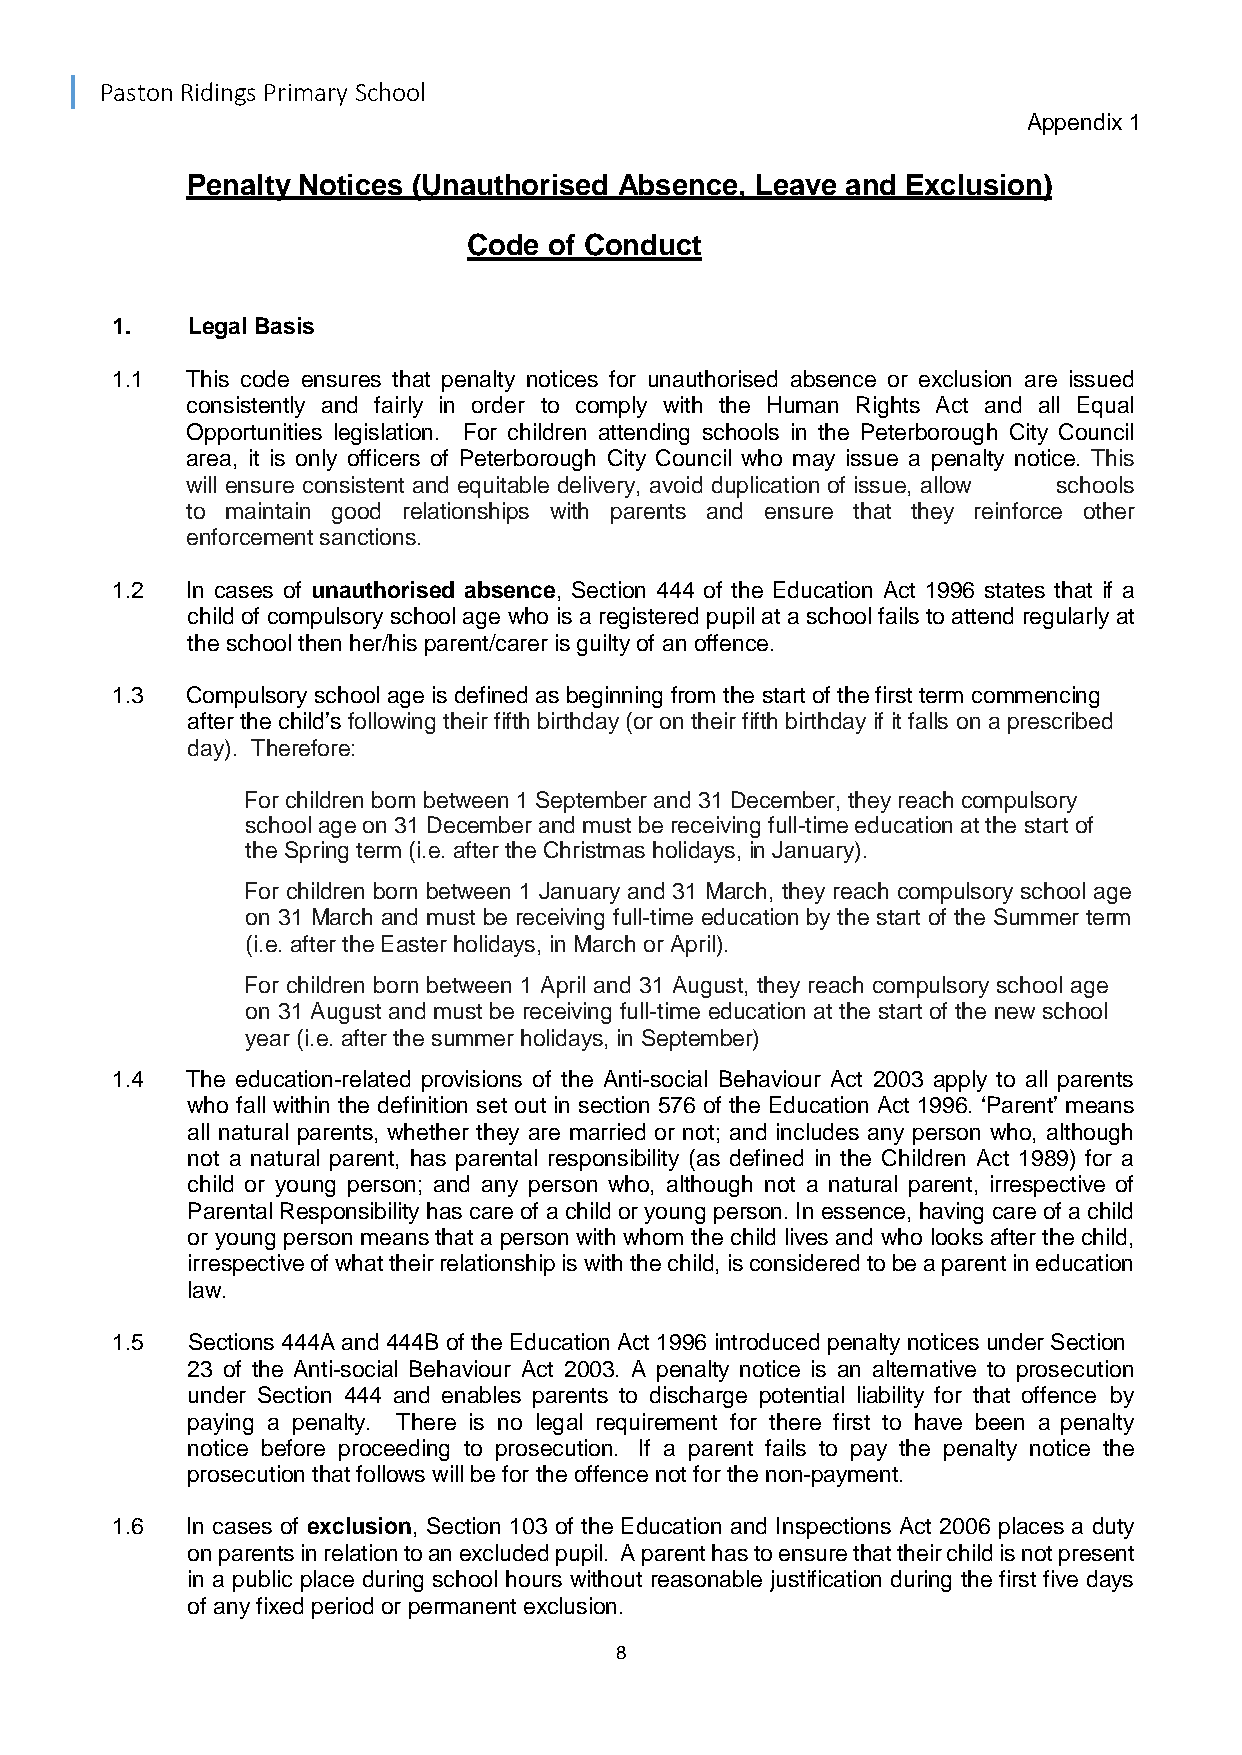
Paston Ridings Primary School
 Appendix 1
 Penalty Notices (Unauthorised Absence, Leave and Exclusion)
 Code of Conduct
 1.   Legal Basis
 1.1  This code ensures that penalty notices for unauthorised absence or exclusion are issued
 consistently and fairly in order to comply with the Human Rights Act and all Equal
 Opportunities legislation. For children attending schools in the Peterborough City Council
 area, it is only officers of Peterborough City Council who may issue a penalty notice. This
 will ensure consistent and equitable delivery, avoid duplication of issue, allow schools
 to maintain good relationships with parents and ensure that they reinforce other
 enforcement sanctions.
 1.2  In cases of unauthorised absence, Section 444 of the Education Act 1996 states that if a
 child of compulsory school age who is a registered pupil at a school fails to attend regularly at
 the school then her/his parent/carer is guilty of an offence.
 1.3  Compulsory school age is defined as beginning from the start of the first term commencing
 after the child’s following their fifth birthday (or on their fifth birthday if it falls on a prescribed
 day). Therefore:
 For children born between 1 September and 31 December, they reach compulsory
 school age on 31 December and must be receiving full-time education at the start of
 the Spring term (i.e. after the Christmas holidays, in January).
 For children born between 1 January and 31 March, they reach compulsory school age
 on 31 March and must be receiving full-time education by the start of the Summer term
 (i.e. after the Easter holidays, in March or April).
 For children born between 1 April and 31 August, they reach compulsory school age
 on 31 August and must be receiving full-time education at the start of the new school
 year (i.e. after the summer holidays, in September)
 1.4  The education-related provisions of the Anti-social Behaviour Act 2003 apply to all parents
 who fall within the definition set out in section 576 of the Education Act 1996. ‘Parent’ means
 all natural parents, whether they are married or not; and includes any person who, although
 not a natural parent, has parental responsibility (as defined in the Children Act 1989) for a
 child or young person; and any person who, although not a natural parent, irrespective of
 Parental Responsibility has care of a child or young person. In essence, having care of a child
 or young person means that a person with whom the child lives and who looks after the child,
 irrespective of what their relationship is with the child, is considered to be a parent in education
 law.
 1.5  Sections 444A and 444B of the Education Act 1996 introduced penalty notices under Section
 23 of the Anti-social Behaviour Act 2003. A penalty notice is an alternative to prosecution
 under Section 444 and enables parents to discharge potential liability for that offence by
 paying a penalty. There is no legal requirement for there first to have been a penalty
 notice before proceeding to prosecution. If a parent fails to pay the penalty notice the
 prosecution that follows will be for the offence not for the non-payment.
 1.6  In cases of exclusion, Section 103 of the Education and Inspections Act 2006 places a duty
 on parents in relation to an excluded pupil. A parent has to ensure that their child is not present
 in a public place during school hours without reasonable justification during the first five days
 of any fixed period or permanent exclusion.
 8